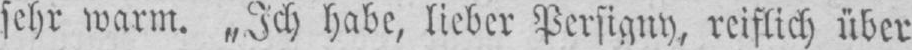
sehr warm. „Ich habe, lieber Persigny, reiflich über